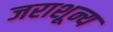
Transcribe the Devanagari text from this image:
जराशून्य